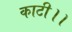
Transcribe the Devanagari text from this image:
काटी।।